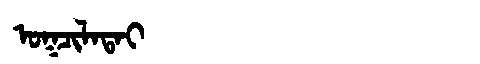
Manchu: ᠣᡴᠴᡳᠯᠠᡨᠠᡳ
Romanization: OKCILATAI